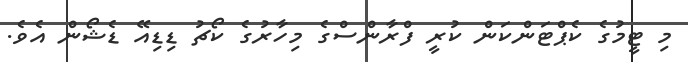
މި ޓީމުގެ ކެޕްޓަންކަން ކުރީ ފްރާންސްގެ މިހާރުގެ ކޯޗު ޑިޑިއޭ ޑެޝޯން އެވެ.